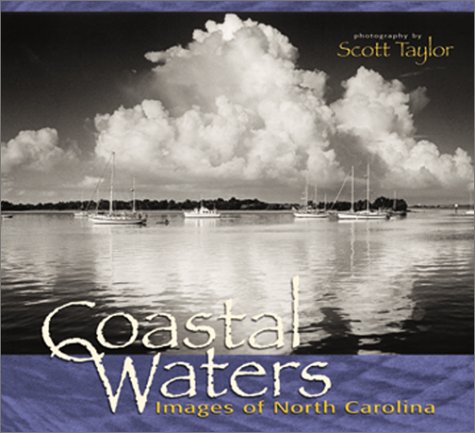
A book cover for Coastal Waters: Images of North Carolina; Scott Taylor; Travel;